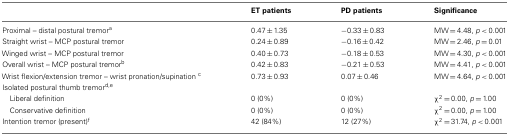
<table><thead><tr><td></td><td><b>ET patients</b></td><td><b>PD patients</b></td><td><b>Significance</b></td></tr></thead><tbody><tr><td>Proximal – distal postural tremor<sup>a</sup></td><td>0.47 ± 1.35</td><td>−0.33 ± 0.83</td><td>MW = 4.48, <i>p</i> &lt; 0.001</td></tr><tr><td>Straight wrist – MCP postural tremor</td><td>0.24 ± 0.89</td><td>−0.16 ± 0.42</td><td>MW = 2.46, <i>p</i> = 0.01</td></tr><tr><td>Winged wrist – MCP postural tremor</td><td>0.40 ± 0.73</td><td>−0.18 ± 0.53</td><td>MW = 4.30, <i>p</i> &lt; 0.001</td></tr><tr><td>Overall wrist – MCP postural tremor<sup>b</sup></td><td>0.42 ± 0.83</td><td>−0.21 ± 0.53</td><td>MW = 4.41, <i>p</i> &lt; 0.001</td></tr><tr><td>Wrist flexion/extension tremor – wrist pronation/supination <sup>c</sup></td><td>0.73 ± 0.93</td><td>0.07 ± 0.46</td><td>MW = 4.64, <i>p</i> &lt; 0.001</td></tr><tr><td>Isolated postural thumb tremor<sup>d</sup><sup>,</sup><sup>e</sup></td><td></td><td></td><td></td></tr><tr><td> Liberal definition</td><td>0 (0%)</td><td>0 (0%)</td><td><i>χ</i><sup>2</sup> = 0.00, <i>p</i> = 1.00</td></tr><tr><td> Conservative definition</td><td>0 (0%)</td><td>0 (0%)</td><td><i>χ</i><sup>2</sup> = 0.00, <i>p</i> = 1.00</td></tr><tr><td>Intention tremor (present)<sup>f</sup></td><td>42 (84%)</td><td>12 (27%)</td><td><i>χ</i><sup>2</sup> = 31.74, <i>p</i> &lt; 0.001</td></tr></tbody></table>